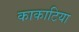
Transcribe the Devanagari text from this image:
काकाटिया